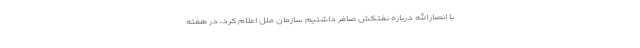
با انصارالله درباره نفتکش صافر داشتیم سازمان ملل اعلام کرد، در هفته